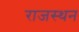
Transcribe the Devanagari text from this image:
राजस्थन